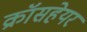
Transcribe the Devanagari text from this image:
क्रॉसहेयर